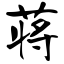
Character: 蒋